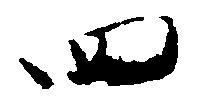
四